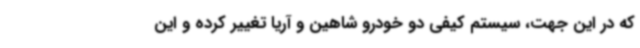
که در این جهت، سیستم کیفی دو خودرو شاهین و آریا تغییر کرده و این